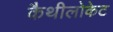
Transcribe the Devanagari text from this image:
कैथीलोकेट